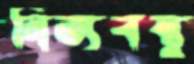
নিত্যবস্তু